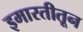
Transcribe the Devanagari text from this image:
इमारतीतून